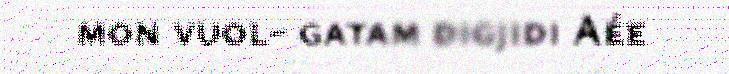
mon vuol- gatam digjidi Aée